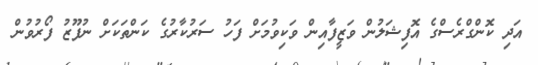
އަދި ކޮންގްރެސްގެ އޮފިޝަލުން ވަޒީފާއިން ވަކިވުމަށް ފަހު ސަރުކާރުގެ ކަންތަކަށް ނުފޫޒު ފޯރުވުން